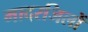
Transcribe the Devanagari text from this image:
मादरजिलों